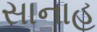
સાનાહ